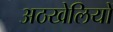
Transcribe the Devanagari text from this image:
अठखेलियों